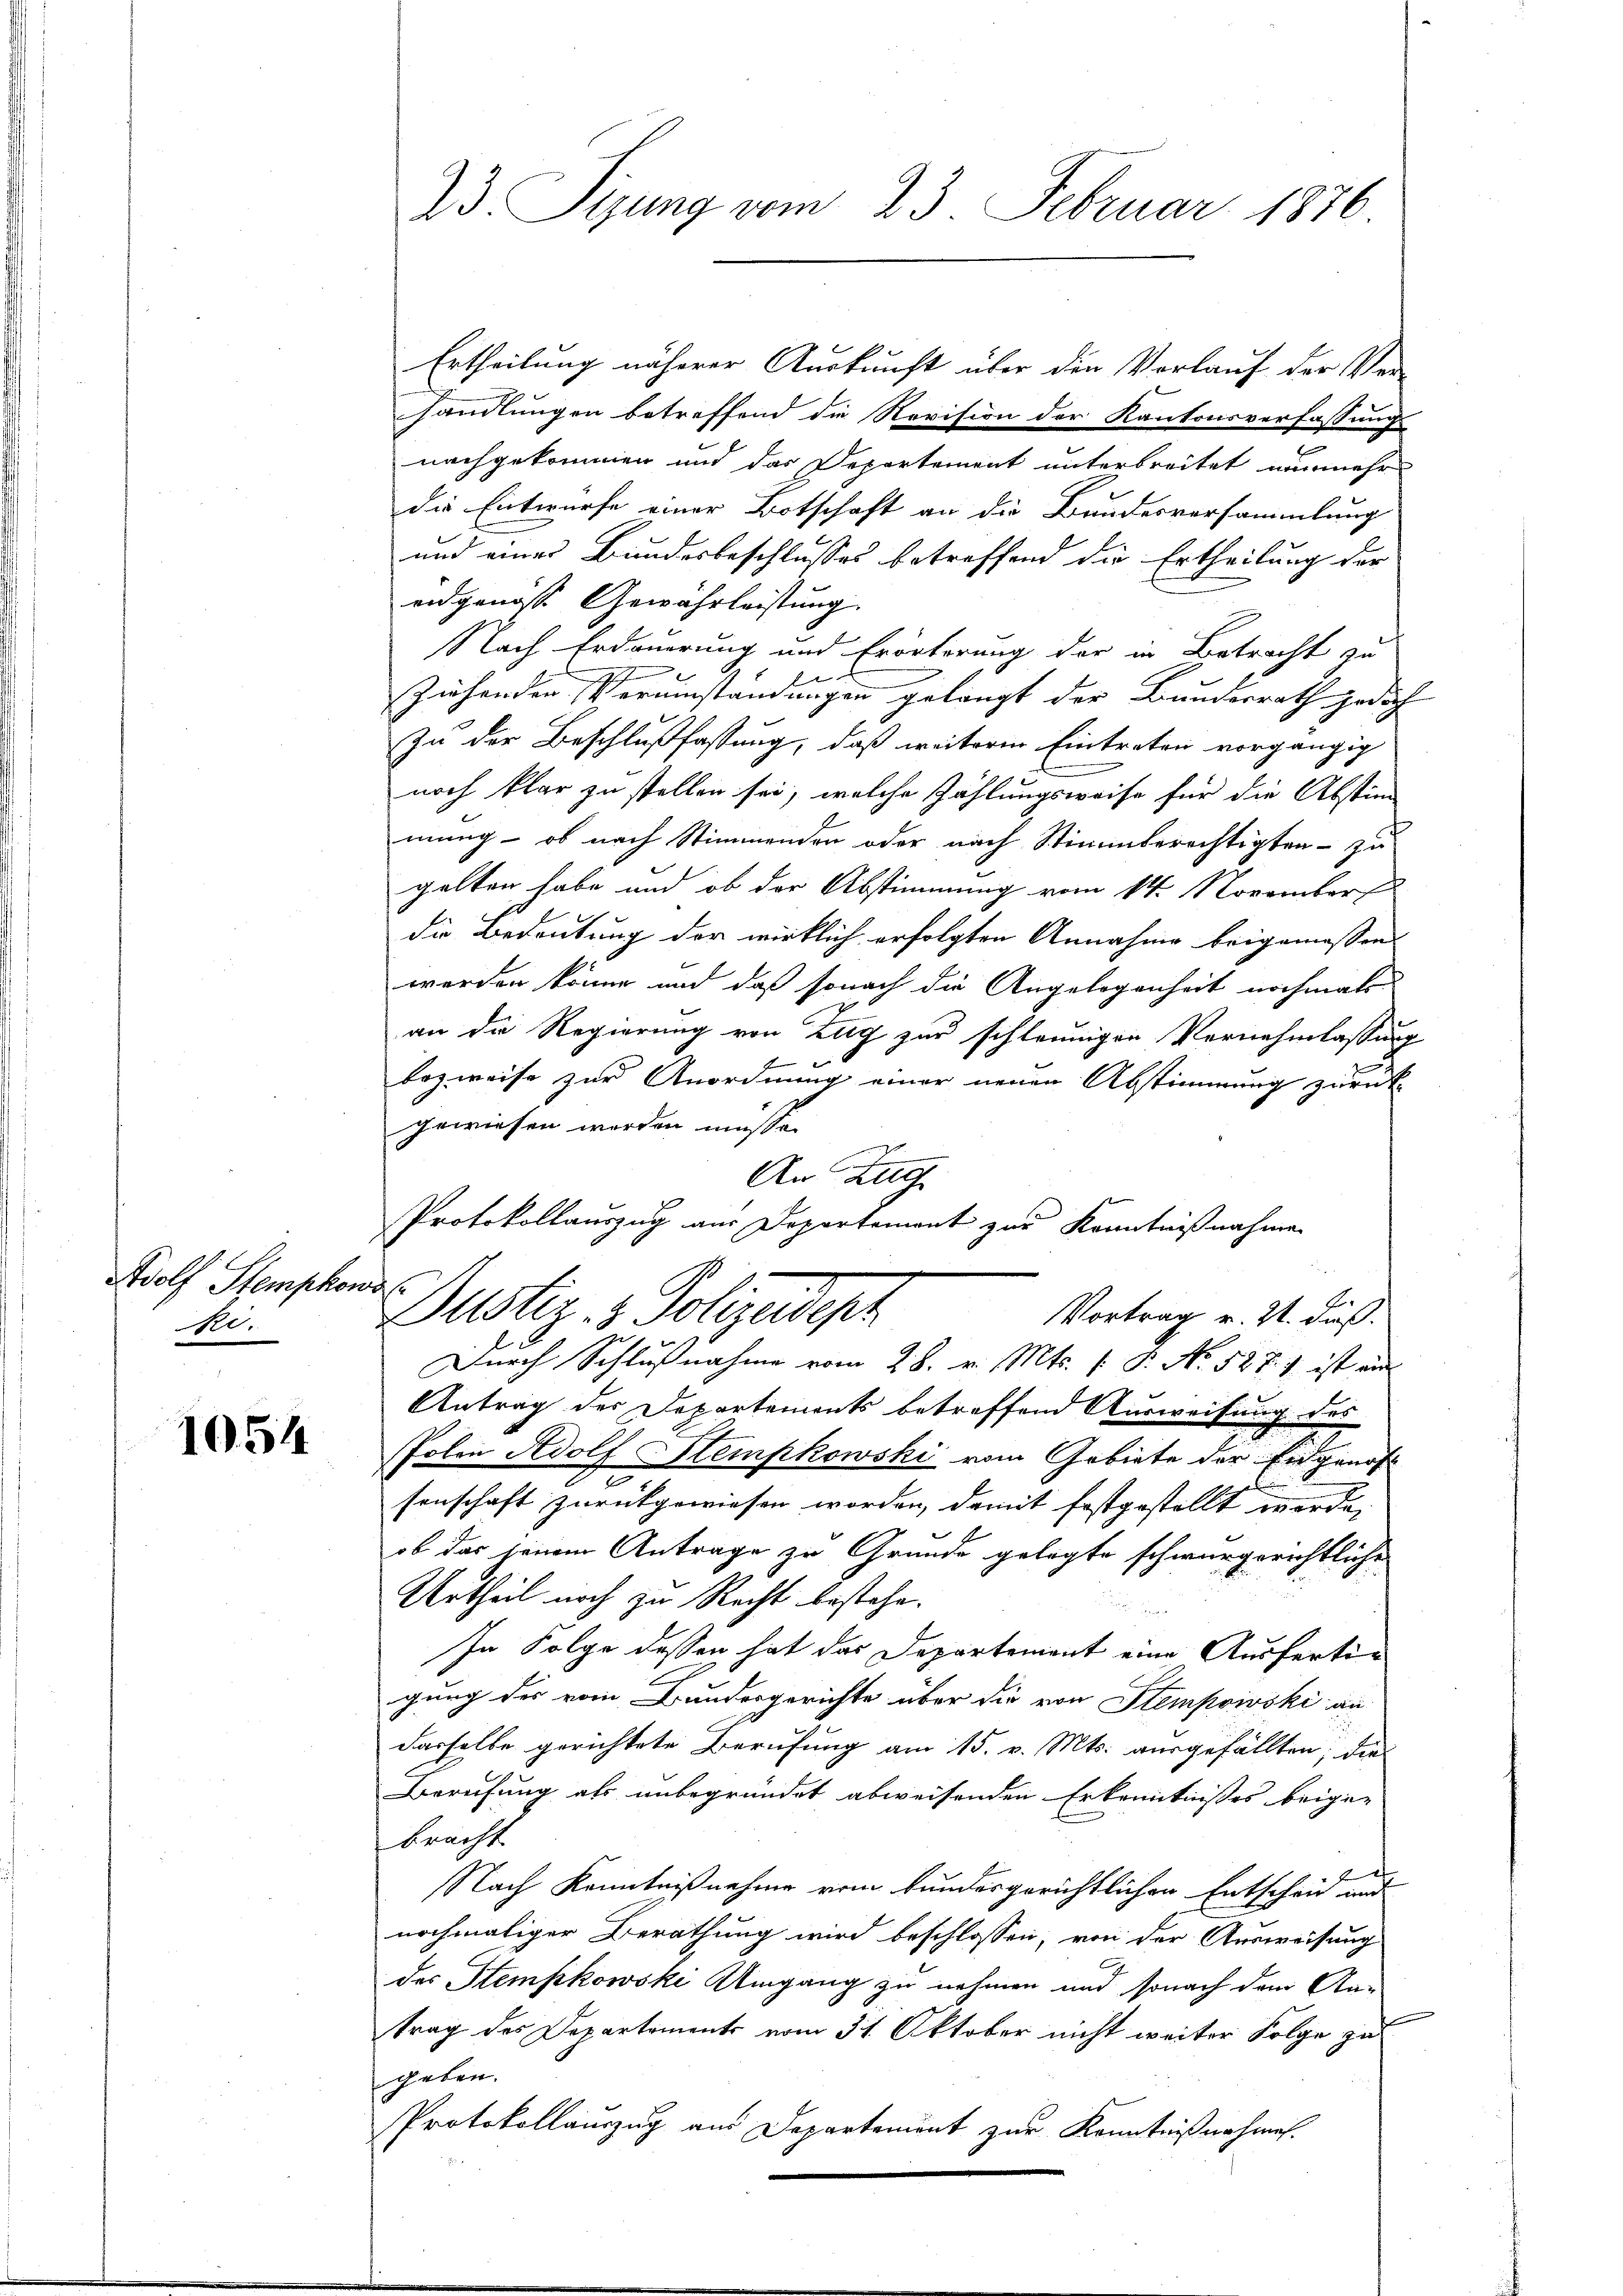
Wolf Stemphons
Ri.

1054

23 Sizung vom 23. Februar 1876

Ertheilung näherer Auskunft über den Vorlauf der Ver-
handlungen betreffend die Revision der Kantonsverfassung
nachgekommen und das Departement unterbreitet nunmehr
die Entwurfe einer Botschaft an die Bundesversammlung
und eines Bundesbeschlusses betreffend die Ertheilung der
eidgenosse Gewährleistung
Nach Erdauerung und Erörterung der in Betracht zu
x
Ziehenden Verumständungen gelangt der Bundesrath jedoch
Zu der Beschlußfassung, daß weitere Eintreten vorgängig
noch klar zu stellen sei, welche Zählungsweise für die Absten
mung - ob nach Stimmenden oder nach Stimmberechtigten - zu
gelten habe und ob der Abstimmung vom 14. November
die Bedeutung der wirklich erfolgten Annahme beigemessen.
werden könne und daß sonach die Angelegenheit nochmals
an die Regierung von Zug zur schleunigen Vernehmlassung
bezweise zur Anordnung einer neuen Abstimmung zurück-
gewiesen worden müsse.
An Zug
Protokollauszug aus Departement zur Kenntnißnahmen
E
Pustiz- & Polizeidepr
Vortrag v. Zt. daß
Durch Schlußnahme vom 28. v. Mts. (: P. No. 527. 1 ist aus
Antrag des Departements betreffend Ausweisung des
Polen Adolf Stempkowski vom Gebiete der Eidgenos-
2
senschaft zurückgewiesen worden, damit festgestellt werde,
ob das seinem Antrage zu Grunde gelegte schwurgerichtliche
Urtheil noch zu Recht bestehe.
In Folge dessen hat das Departement eine Ausfertigung des vom Bundesgerichte über die von Stempowski an
dasselbe gerichtete Berufung am 15. v. Mts. ausgefällten; die
Berufung als unbegründet abweisenden Erkenntnisses beige-
bracht
Nach Kenntnißnahme vom kundesgerichtlichen Entscheid und
nochmaliger Berathung wird beschlossen, von der Ausweisung
des Stempkowski Umgang zu nehmen und sonach dem An-
trag des Departements vom 31. Oktober nicht weiter Folge zu
geben.
Protokollauszug aus Departement zur Kenntnißnahmen.